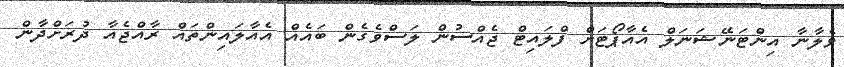
ވެލާނާ އިންޓަނޭޝަނަލް އެއާޕޯޓަށް ފްލައިޓް ޖެއްސުން ލަސްވެގެން ބައެއް އެއާލައިންތައް ރާއްޖެއާ ދުރަށްދާން